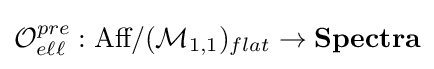
{\mathcal {O}}_{e\ell \ell }^{pre}:{\text{Aff}}/({\mathcal {M}}_{1,1})_{flat}\to {\textbf {Spectra}}